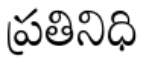
ప్రతినిధి